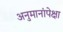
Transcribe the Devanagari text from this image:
अनुमानांपेक्षा